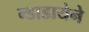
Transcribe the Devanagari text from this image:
न्डाडायेने